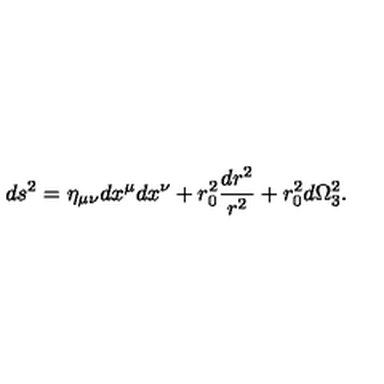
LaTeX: d s ^ { 2 } = \eta _ { \mu \nu } d x ^ { \mu } d x ^ { \nu } + r _ { 0 } ^ { 2 } \frac { d r ^ { 2 } } { r ^ { 2 } } + r _ { 0 } ^ { 2 } d \Omega _ { 3 } ^ { 2 } .